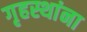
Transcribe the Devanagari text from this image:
गृहस्थांना